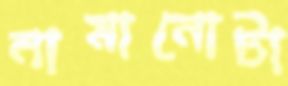
নামানোটা